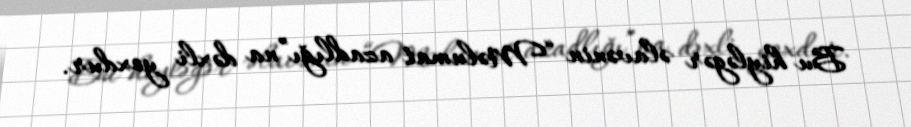
Bu hiyləgər əlavənin “Məlumat azadlığı”na dəxli yoxdur.